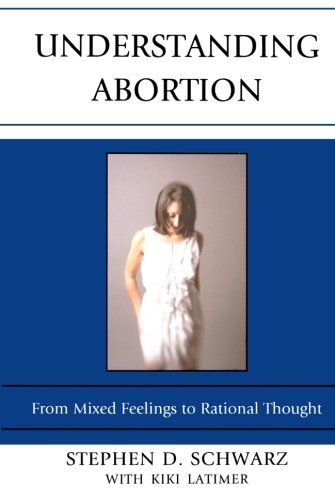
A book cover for Understanding Abortion: From Mixed Feelings to Rational Thought; Stephen D. Schwarz; Politics & Social Sciences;